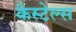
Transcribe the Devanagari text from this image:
कैस्टेल्स